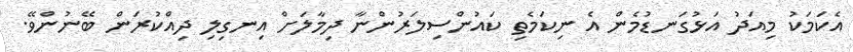
އެކަމަކު މިއަދު އަޅުގަނޑުމެން އެ ނިކަމެތި ކައުންސިލަރުންނާ ދިމާލަށް އިނގިލި ދިއްކުރަން ބޭނުންވޭ.